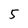
Character: 5